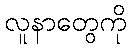
လူနာတွေကို